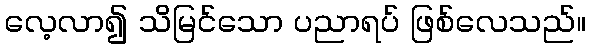
လေ့လာ၍ သိမြင်သော ပညာရပ် ဖြစ်လေသည်။